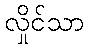
လှိုင်သာ